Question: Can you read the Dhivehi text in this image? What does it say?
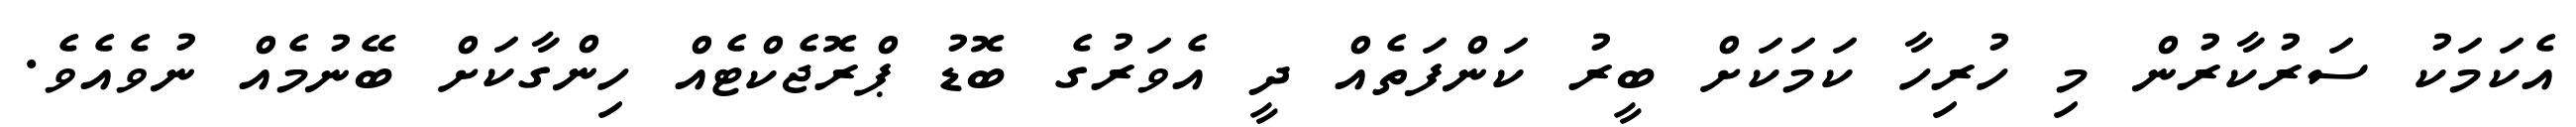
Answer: އެކަމަކު ސަރުކާރުން މި ހުރިހާ ކަމަކަށް ބީރު ކަންފަތެއް ދީ އެވަރުގެ ބޮޑު ޕްރޮޖެކްޓެއް ހިންގާކަށް ބޭނުމެއް ނުވެއެވެ.